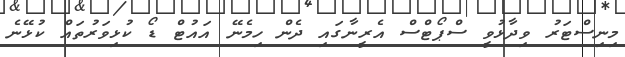
މިނިސްޓަރު ވިދާޅުވީ ސްޕޯޓްސް އެރީނާގައި ދެން ހިމެނޭ އައުޓް ޑޯ ކުޅިވަރުތައް ކުޅޭނެ